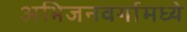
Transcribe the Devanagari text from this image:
अभिजनवर्गामध्ये